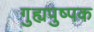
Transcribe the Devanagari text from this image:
गुह्यपुष्पक